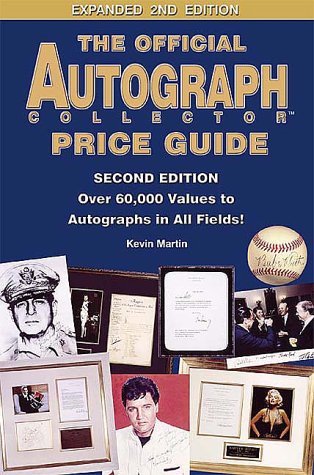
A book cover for The Official Autograph Collector Price Guide: Over 60,000 Values to Autographs in All Fields!; Kevin Martin; Crafts, Hobbies & Home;